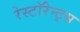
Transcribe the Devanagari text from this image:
रेस्टॉरेन्ट्स